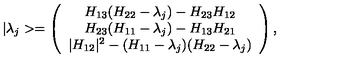
| \lambda _ { j } > = \left( \begin{array} { c } { H _ { 1 3 } ( H _ { 2 2 } - \lambda _ { j } ) - H _ { 2 3 } H _ { 1 2 } } \\ { H _ { 2 3 } ( H _ { 1 1 } - \lambda _ { j } ) - H _ { 1 3 } H _ { 2 1 } } \\ { | H _ { 1 2 } | ^ { 2 } - ( H _ { 1 1 } - \lambda _ { j } ) ( H _ { 2 2 } - \lambda _ { j } ) } \\ \end{array} \right) ,